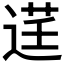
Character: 𫐬